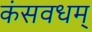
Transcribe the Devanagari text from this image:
कंसवधम्